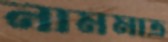
নামমাত্র